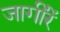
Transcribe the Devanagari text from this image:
जागींरें